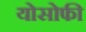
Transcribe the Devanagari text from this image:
योसोफी